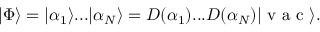
| \Phi \rangle = | \alpha _ { 1 } \rangle . . . | \alpha _ { N } \rangle = D ( \alpha _ { 1 } ) . . . D ( \alpha _ { N } ) | \mathrm { ~ v ~ a ~ c ~ } \rangle .